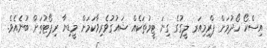
އިސްކޯ ހޯދުމަށް ޕްރިމިއަރ ލީގުގެ ގިނަ ޓީމުތަކެއް ޝައުގުވެރިވާކަމަށް މީޑިޔާ ރިޕޯޓުތަށް ބުނެއެވެ.